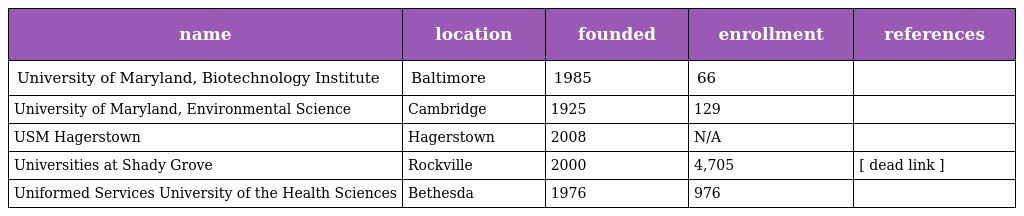
| name | location | founded | enrollment | references |
 | --- | --- | --- | --- | --- |
 | University of Maryland, Biotechnology Institute | Baltimore | 1985 | 66 |  |
 | University of Maryland, Environmental Science | Cambridge | 1925 | 129 |  |
 | USM Hagerstown | Hagerstown | 2008 | N/A |  |
 | Universities at Shady Grove | Rockville | 2000 | 4,705 | [ dead link ] |
 | Uniformed Services University of the Health Sciences | Bethesda | 1976 | 976 |  |